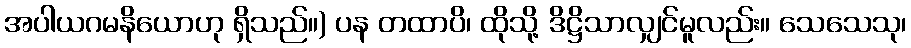
အပါယဂမနိယောဟု ရှိသည်။) ပန တထာပိ၊ ထိုသို့ ဒိဋ္ဌိသာလျှင်မူလည်း။ သေသေသု၊